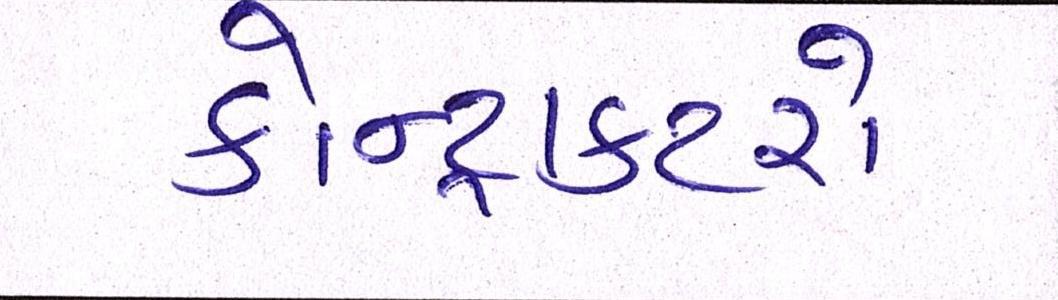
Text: કોન્ટ્રાક્ટરો